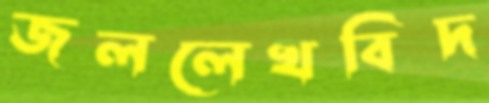
জললেখবিদ